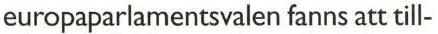
europaparlamentsvalen fanns att till-